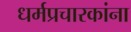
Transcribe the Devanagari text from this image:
धर्मप्रचारकांना